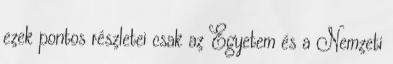
ezek pontos részletei csak az Egyetem és a Nemzeti